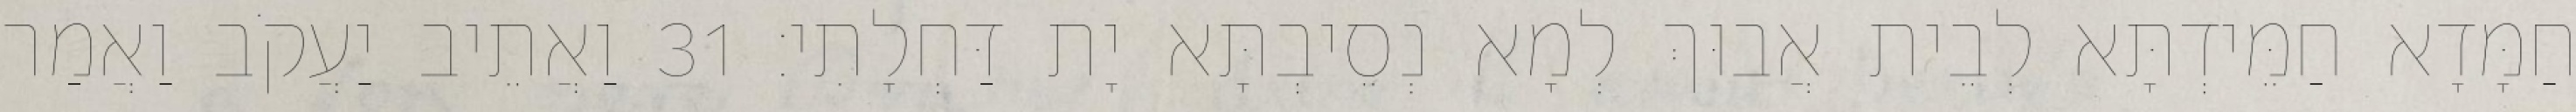
חַמָּדָא חַמֵּידְתָּא לְבֵית אֲבוּךְ לְמָא נְסֵיבְתָּא יָת דַּחְלָתִי׃ 31 וַאֲתֵיב יַעֲקֹב וַאֲמַר